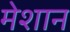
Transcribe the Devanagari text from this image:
मेशान